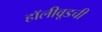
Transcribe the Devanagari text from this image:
हॉलीवूडची